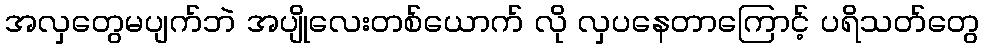
အလှတွေမပျက်ဘဲ အပျိုလေးတစ်ယောက် လို လှပနေတာကြောင့် ပရိသတ်တွေ